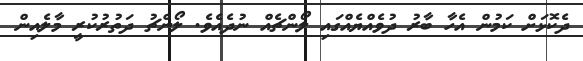
ދެކޮޅަށް ކަމުން އެހާ ބާރު ދުވެއްޔެއްގައި ލޯންޗެއް ނުދެއެވެ. ލޯންޗު ދަތުރުކުރީ މާލެއިން